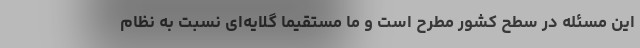
این مسئله در سطح کشور مطرح است و ما مستقیما گلایه‌ای نسبت به نظام